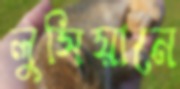
লুসিয়ানে